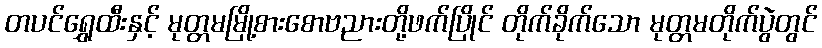
တပင်ရွှေထီးနှင့် မုတ္တမမြို့စားစောဗညားတို့ဖက်ပြိုင် တိုက်ခိုက်သော မုတ္တမတိုက်ပွဲတွင်